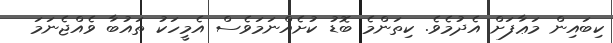
ކިބައިން މަޢާފަށް އެދުމެވެ. ކިތަންމެ ބޮޑު ކުށެއްނަމަވެސް އެމީހަކު ތައުބާ ވެއްޖެނަމަ